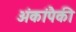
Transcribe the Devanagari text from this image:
अंकांपैकी